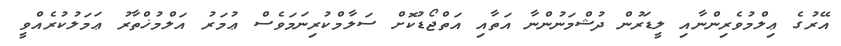
އޭރުގެ ޢިލްމުވެރިންނާއި ލީޑަރުން ދުޝްމަނުންނާ އަތާއި އަތްޖޯޑުކޮށް ސަލާމްކުރިނަމަވެސް ޢުމަރު އަލްމުޚްތާރު ޢަމަލުކުރެއްވީ